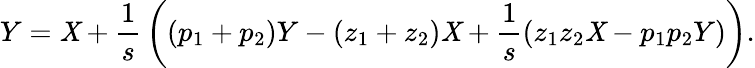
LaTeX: Y=\mathit{X}+{\frac{{1}}{{s}}}\left((p_{1}+p_{2})Y-(z_{1}+z_{2})\mathit{X}+{\frac{{1}}{{s}}}(z_{1}z_{2}\mathit{X}-p_{1}p_{2}Y)\right).